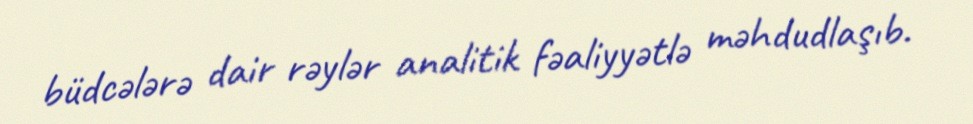
büdcələrə dair rəylər analitik fəaliyyətlə məhdudlaşıb.